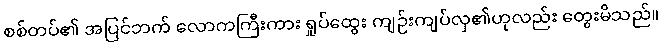
စစ်တပ်၏ အပြင်ဘက် လောကကြီးကား ရှုပ်ထွေး ကျဉ်းကျပ်လှ၏ဟုလည်း တွေးမိသည်။